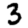
Digit: 3